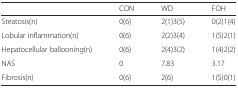
<table><thead><tr><td></td><td><b>CON</b></td><td><b>WD</b></td><td><b>FOH</b></td></tr></thead><tbody><tr><td>Steatosis(n)</td><td>0(6)</td><td>2(1)3(5)</td><td>0(2)1(4)</td></tr><tr><td>Lobular inflammation(n)</td><td>0(6)</td><td>2(2)3(4)</td><td>1(5)2(1)</td></tr><tr><td>Hepatocellular ballooning(n)</td><td>0(6)</td><td>2(4)3(2)</td><td>1(4)2(2)</td></tr><tr><td>NAS</td><td>0</td><td>7.83</td><td>3.17</td></tr><tr><td>Fibrosis(n)</td><td>0(6)</td><td>2(6)</td><td>1(5)0(1)</td></tr></tbody></table>